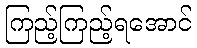
ကြည့်ကြည့်ရအောင်